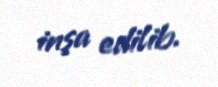
inşa edilib.